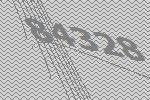
84328